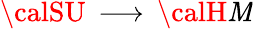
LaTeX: {\calSU}\, \longrightarrow\, {\calH\mathit{M}}